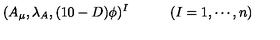
( A _ { \mu } , \lambda _ { A } , ( 1 0 - D ) \phi ) ^ { I } \qquad \quad ( I = 1 , \cdots , n )